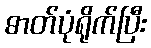
ဓာတ်ပုံရိုက်ပြီး